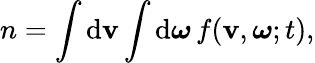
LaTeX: n=\int\mathrm{d}\mathbf{v}\int\mathrm{d}\boldsymbol{\omega}\, f(\mathbf{v},\boldsymbol{\omega};t),